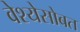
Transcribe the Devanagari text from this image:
वेश्येसोबत